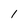
Character: 1